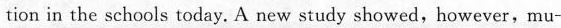
tion in the schools today. A new study showed, however, mu-